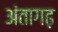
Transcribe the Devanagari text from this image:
अंतागढ़